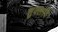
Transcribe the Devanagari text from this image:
शुक्लादि